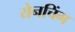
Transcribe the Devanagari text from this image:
येनचिंग